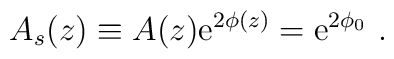
A_s(z)\equiv A(z){\rm e}^{2\phi(z)} ={\rm e}^{2\phi_0}\ .\